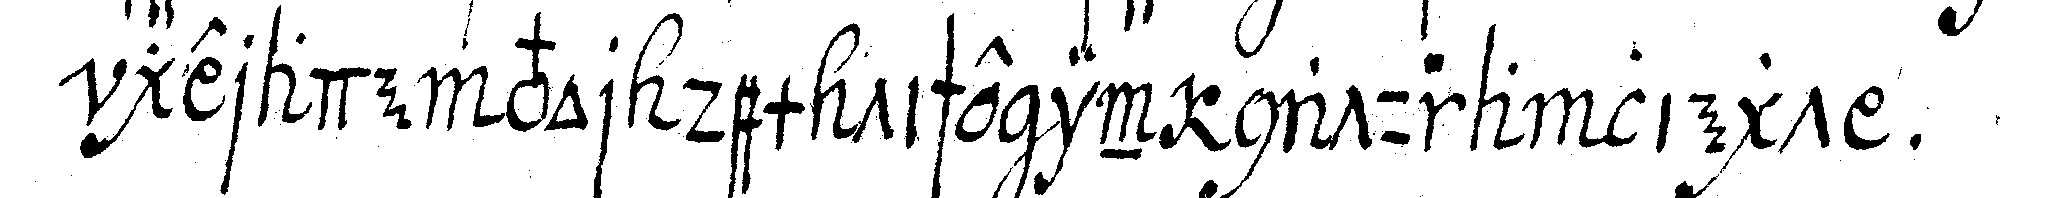
gerade vor dem tische in natura liegt .